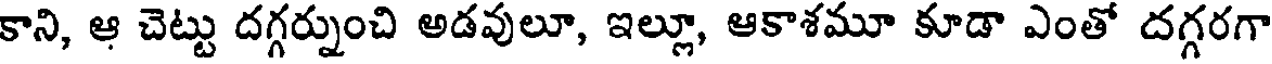
కాని, ఆ చెట్టు దగ్గర్నుంచి అడవులూ, ఇల్లూ, ఆకాశమూ కూడా ఎంతో దగ్గరగా